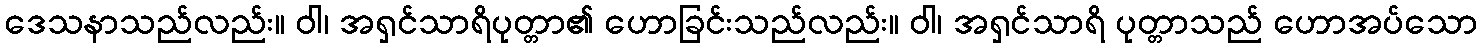
ဒေသနာသည်လည်း။ ဝါ၊ အရှင်သာရိပုတ္တာ၏ ဟောခြင်းသည်လည်း။ ဝါ၊ အရှင်သာရိ ပုတ္တာသည် ဟောအပ်သော